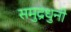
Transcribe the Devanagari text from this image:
समुद्रधुनी